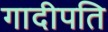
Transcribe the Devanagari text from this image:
गादीपति